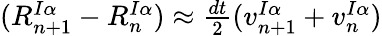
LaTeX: \begin{array}{r}{(R_{n+1}^{I\alpha}-R_{n}^{I\alpha})\approx\frac{dt}{2}(v_{n+1}^{I\alpha}+v_{n}^{I\alpha})}\end{array}